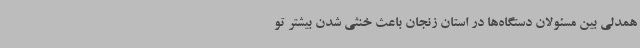
همدلی بین مسئولان دستگاه‌ها در استان زنجان باعث خنثی شدن بیشتر تو